Civil Veterinary Department Bengal reports 1933-51 - 1933-1951
Year: 1933
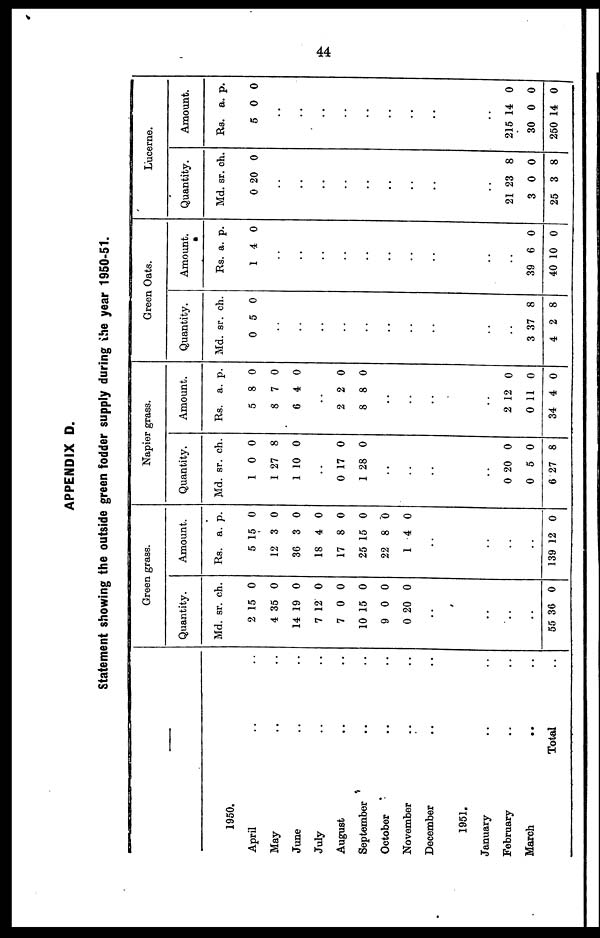
44
APPENDIX D.
Statement showing the outside green fodder supply during the year 1950-51.
1950.
April .. ..
May .. ..
June .. ..
July .. ..
August .. ..
September .. ..
October .. ..
November .. ..
December .. ..
1951.
January .. ..
February .. ..
March .. ..
Total ..
Green grass.
Quantity.
Md.
2
4
14
7
7
10
9
0
..
..
..
..
55
sr.
15
35
19
12
0
15
0
20
36
ch.
0
0
0
0
0
0
0
0
0
Amount.
Rs.
5
12
36
18
17
25
22
1
..
..
..
..
139
a.
15
3
3
4
8
15
8
4
12
p.
0
0
0
0
0
0
0
0
0
Napier grass.
Quantity.
Md.
1
1
1
..
0
1
..
..
..
..
0
0
6
sr.
0
27
10
17
28
20
5
27
ch.
0
8
0
0
0
0
0
8
Amount.
Rs.
5
8
6
..
2
8
..
..
..
..
2
0
34
a.
8
7
4
2
8
12
11
4
p.
0
0
0
0
0
0
0
0
Green Oats.
Quantity.
Md.
0
..
..
..
..
..
..
..
..
..
..
3
4
sr.
5
37
2
ch.
0
8
8
Amount.
Rs.
1
..
..
..
..
..
..
..
..
..
..
39
40
a.
4
6
10
p.
0
0
0
Lucerne.
Quantity.
Md.
0
..
..
..
..
..
..
..
..
..
21
3
25
sr.
20
23
0
3
ch.
0
8
0
8
Amount.
Rs.
5
..
..
..
..
..
..
..
..
..
215
30
250
a.
0
14
0
14
p.
0
0
0
0